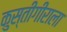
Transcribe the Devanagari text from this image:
कुस्तीगीराला